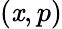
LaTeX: (\mathit{x},p)